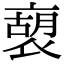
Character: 𧛫